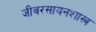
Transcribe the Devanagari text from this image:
जीवरसायनशास्त्र